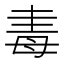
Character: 𣫴